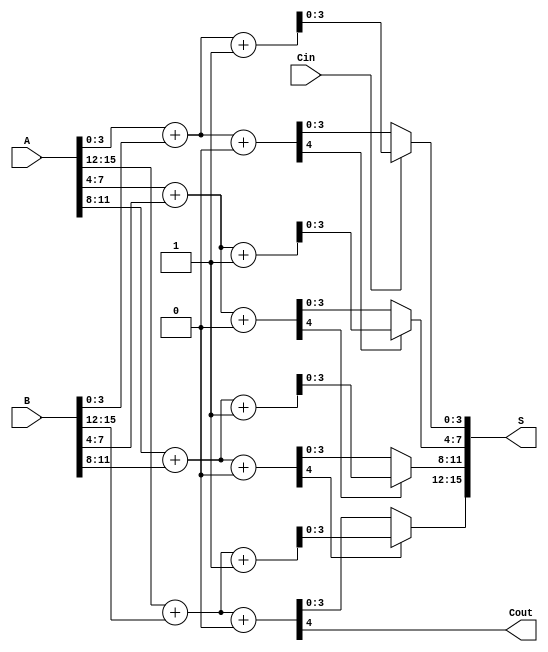
module han_carlson_adder #(parameter N = 16, // Total bit-width
                           parameter M = 4)  // Segment size
(
    input  [N-1:0] A,      // First operand
    input  [N-1:0] B,      // Second operand
    input  Cin,            // Carry-in
    output [N-1:0] S,      // Sum output
    output Cout            // Carry-out
);

    // Number of segments
    localparam NUM_SEGMENTS = N / M;

    // Internal signals
    wire [M-1:0] sum0 [0:NUM_SEGMENTS-1]; // Sums assuming carry-in = 0
    wire [M-1:0] sum1 [0:NUM_SEGMENTS-1]; // Sums assuming carry-in = 1
    wire carry_out [0:NUM_SEGMENTS-1];     // Carry-out from each segment
    wire carry_select [0:NUM_SEGMENTS-1];  // Carry select signals

    // Generate the segments
    genvar i;
    generate
        for (i = 0; i < NUM_SEGMENTS; i = i + 1) begin : segment
            // Define the range for the current segment
            wire [M-1:0] A_seg = A[M*i +: M];
            wire [M-1:0] B_seg = B[M*i +: M];

            // Full adders for carry-in = 0
            assign {carry_out[i], sum0[i]} = A_seg + B_seg + 1'b0;

            // Full adders for carry-in = 1
            assign {carry_out[i], sum1[i]} = A_seg + B_seg + 1'b1;

            // Carry select logic
            if (i == 0) begin
                assign carry_select[i] = Cin; // First segment uses Cin directly
            end else begin
                assign carry_select[i] = carry_out[i-1]; // Use carry-out from previous segment
            end
        end
    endgenerate

    // Final sum and carry-out selection
    generate
        for (i = 0; i < NUM_SEGMENTS; i = i + 1) begin : final_sum
            if (i == 0) begin
                assign S[M*i +: M] = carry_select[i] ? sum1[i] : sum0[i];
            end else begin
                assign S[M*i +: M] = carry_select[i] ? sum1[i] : sum0[i];
            end
        end
    endgenerate

    // Final carry-out
    assign Cout = carry_out[NUM_SEGMENTS-1];

endmodule